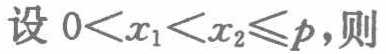
设 \(0<x_{1}<x_{2}\leqslant p\)，则